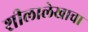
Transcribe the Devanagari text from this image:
शीलालेखाचा